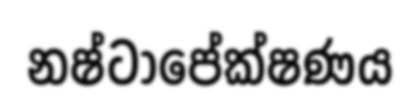
නෂ්ටාපේක්ෂණය